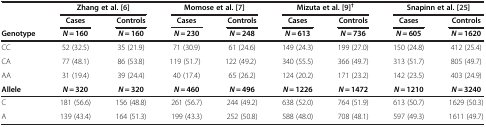
<table><thead><tr><td><b> </b></td><td colspan="2"><b>Zhang et al. [[6]]</b></td><td colspan="2"><b>Momose et al. [[7]]</b></td><td colspan="2"><b>Mizuta et al. [[9]]<sup>†</sup></b></td><td colspan="2"><b>Snapinn et al. [[25]]</b></td></tr><tr><td><b> </b></td><td><b>Cases</b></td><td><b>Controls</b></td><td><b>Cases</b></td><td><b>Controls</b></td><td><b>Cases</b></td><td><b>Controls</b></td><td><b>Cases</b></td><td><b>Controls</b></td></tr><tr><td><b>Genotype</b></td><td><b><i>N</i> = 160</b></td><td><b><i>N</i> = 160</b></td><td><b><i>N</i> = 230</b></td><td><b><i>N</i> = 248</b></td><td><b><i>N</i> = 613</b></td><td><b><i>N</i> = 736</b></td><td><b><i>N</i> = 605</b></td><td><b><i>N</i> = 1620</b></td></tr></thead><tbody><tr><td>CC</td><td>52 (32.5)</td><td>35 (21.9)</td><td>71 (30.9)</td><td>61 (24.6)</td><td>149 (24.3)</td><td>199 (27.0)</td><td>150 (24.8)</td><td>412 (25.4)</td></tr><tr><td>CA</td><td>77 (48.1)</td><td>86 (53.8)</td><td>119 (51.7)</td><td>122 (49.2)</td><td>340 (55.5)</td><td>366 (49.7)</td><td>313 (51.7)</td><td>805 (49.7)</td></tr><tr><td>AA</td><td>31 (19.4)</td><td>39 (24.4)</td><td>40 (17.4)</td><td>65 (26.2)</td><td>124 (20.2)</td><td>171 (23.2)</td><td>142 (23.5)</td><td>403 (24.9)</td></tr><tr><td><b>Allele</b></td><td><b><i>N</i></b><b> = 320</b></td><td><b><i>N</i></b><b> = 320</b></td><td><b><i>N</i></b><b> = 460</b></td><td><b><i>N</i></b><b> = 496</b></td><td><b><i>N</i></b><b> = 1226</b></td><td><b><i>N</i></b><b> = 1472</b></td><td><b><i>N</i></b><b> = 1210</b></td><td><b><i>N</i></b><b> = 3240</b></td></tr><tr><td>C</td><td>181 (56.6)</td><td>156 (48.8)</td><td>261 (56.7)</td><td>244 (49.2)</td><td>638 (52.0)</td><td>764 (51.9)</td><td>613 (50.7)</td><td>1629 (50.3)</td></tr><tr><td>A</td><td>139 (43.4)</td><td>164 (51.3)</td><td>199 (43.3)</td><td>252 (50.8)</td><td>588 (48.0)</td><td>708 (48.1)</td><td>597 (49.3)</td><td>1611 (49.7)</td></tr></tbody></table>